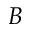
B